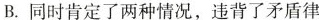
B.同时肯定了两种情况，违背了矛盾律